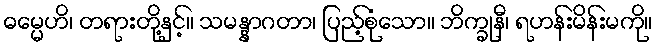
ဓမ္မေဟိ၊ တရားတို့နှင့်။ သမန္နာဂတာ၊ ပြည့်စုံသော။ ဘိက္ခုနီ၊ ရဟန်းမိန်းမကို။